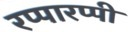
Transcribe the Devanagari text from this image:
रप्पारप्पी